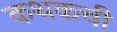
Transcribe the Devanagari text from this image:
कथकची